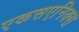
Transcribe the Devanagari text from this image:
एकसएनिक्स